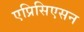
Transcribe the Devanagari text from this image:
एप्रिसिएसन